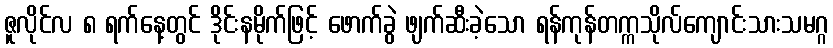
ဇူလိုင်လ ၈ ရက်နေ့တွင် ဒိုင်းနမိုက်ဖြင့် ဖောက်ခွဲ ဖျက်ဆီးခဲ့သော ရန်ကုန်တက္ကသိုလ်ကျောင်းသားသမဂ္ဂ